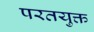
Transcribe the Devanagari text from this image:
परतयुक्त